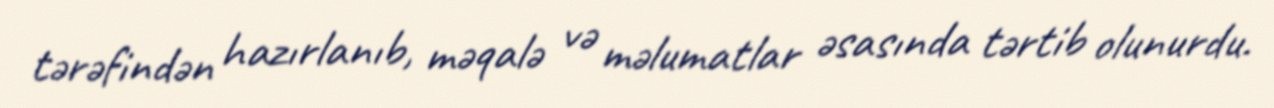
tərəfindən hazırlanıb, məqalə və məlumatlar əsasında tərtib olunurdu.